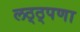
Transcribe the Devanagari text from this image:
लठ्ठ्पणा